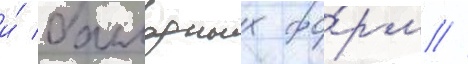
и́ балладных фо́рм //